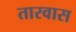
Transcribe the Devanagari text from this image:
तारवास